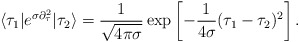
\begin{align*}\langle \tau_1 | e^{\sigma \partial_\tau^2} | \tau_2 \rangle= \frac{1}{\sqrt{4 \pi \sigma}}\exp \left[ -\frac{1}{4 \sigma} (\tau_1 - \tau_2)^2 \right].\end{align*}